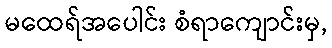
မထေရ်အပေါင်း စံရာကျောင်းမှ,